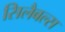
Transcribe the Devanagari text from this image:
सिलैबल्स